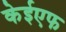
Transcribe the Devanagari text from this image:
केईएफ